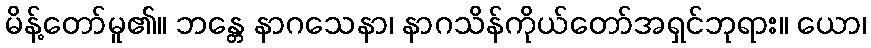
မိန့်တော်မူ၏။ ဘန္တေ နာဂသေနာ၊ နာဂသိန်ကိုယ်တော်အရှင်ဘုရား။ ယော၊